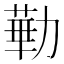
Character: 𪟥